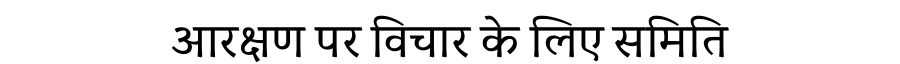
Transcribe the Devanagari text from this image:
आरक्षण पर विचार के लिए समिति